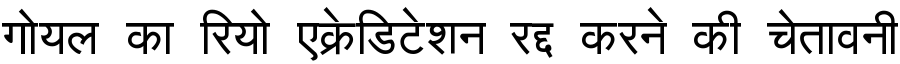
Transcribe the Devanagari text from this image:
गोयल का रियो एक्रेडिटेशन रद्द करने की चेतावनी